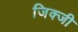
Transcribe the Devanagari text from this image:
जिक्जी